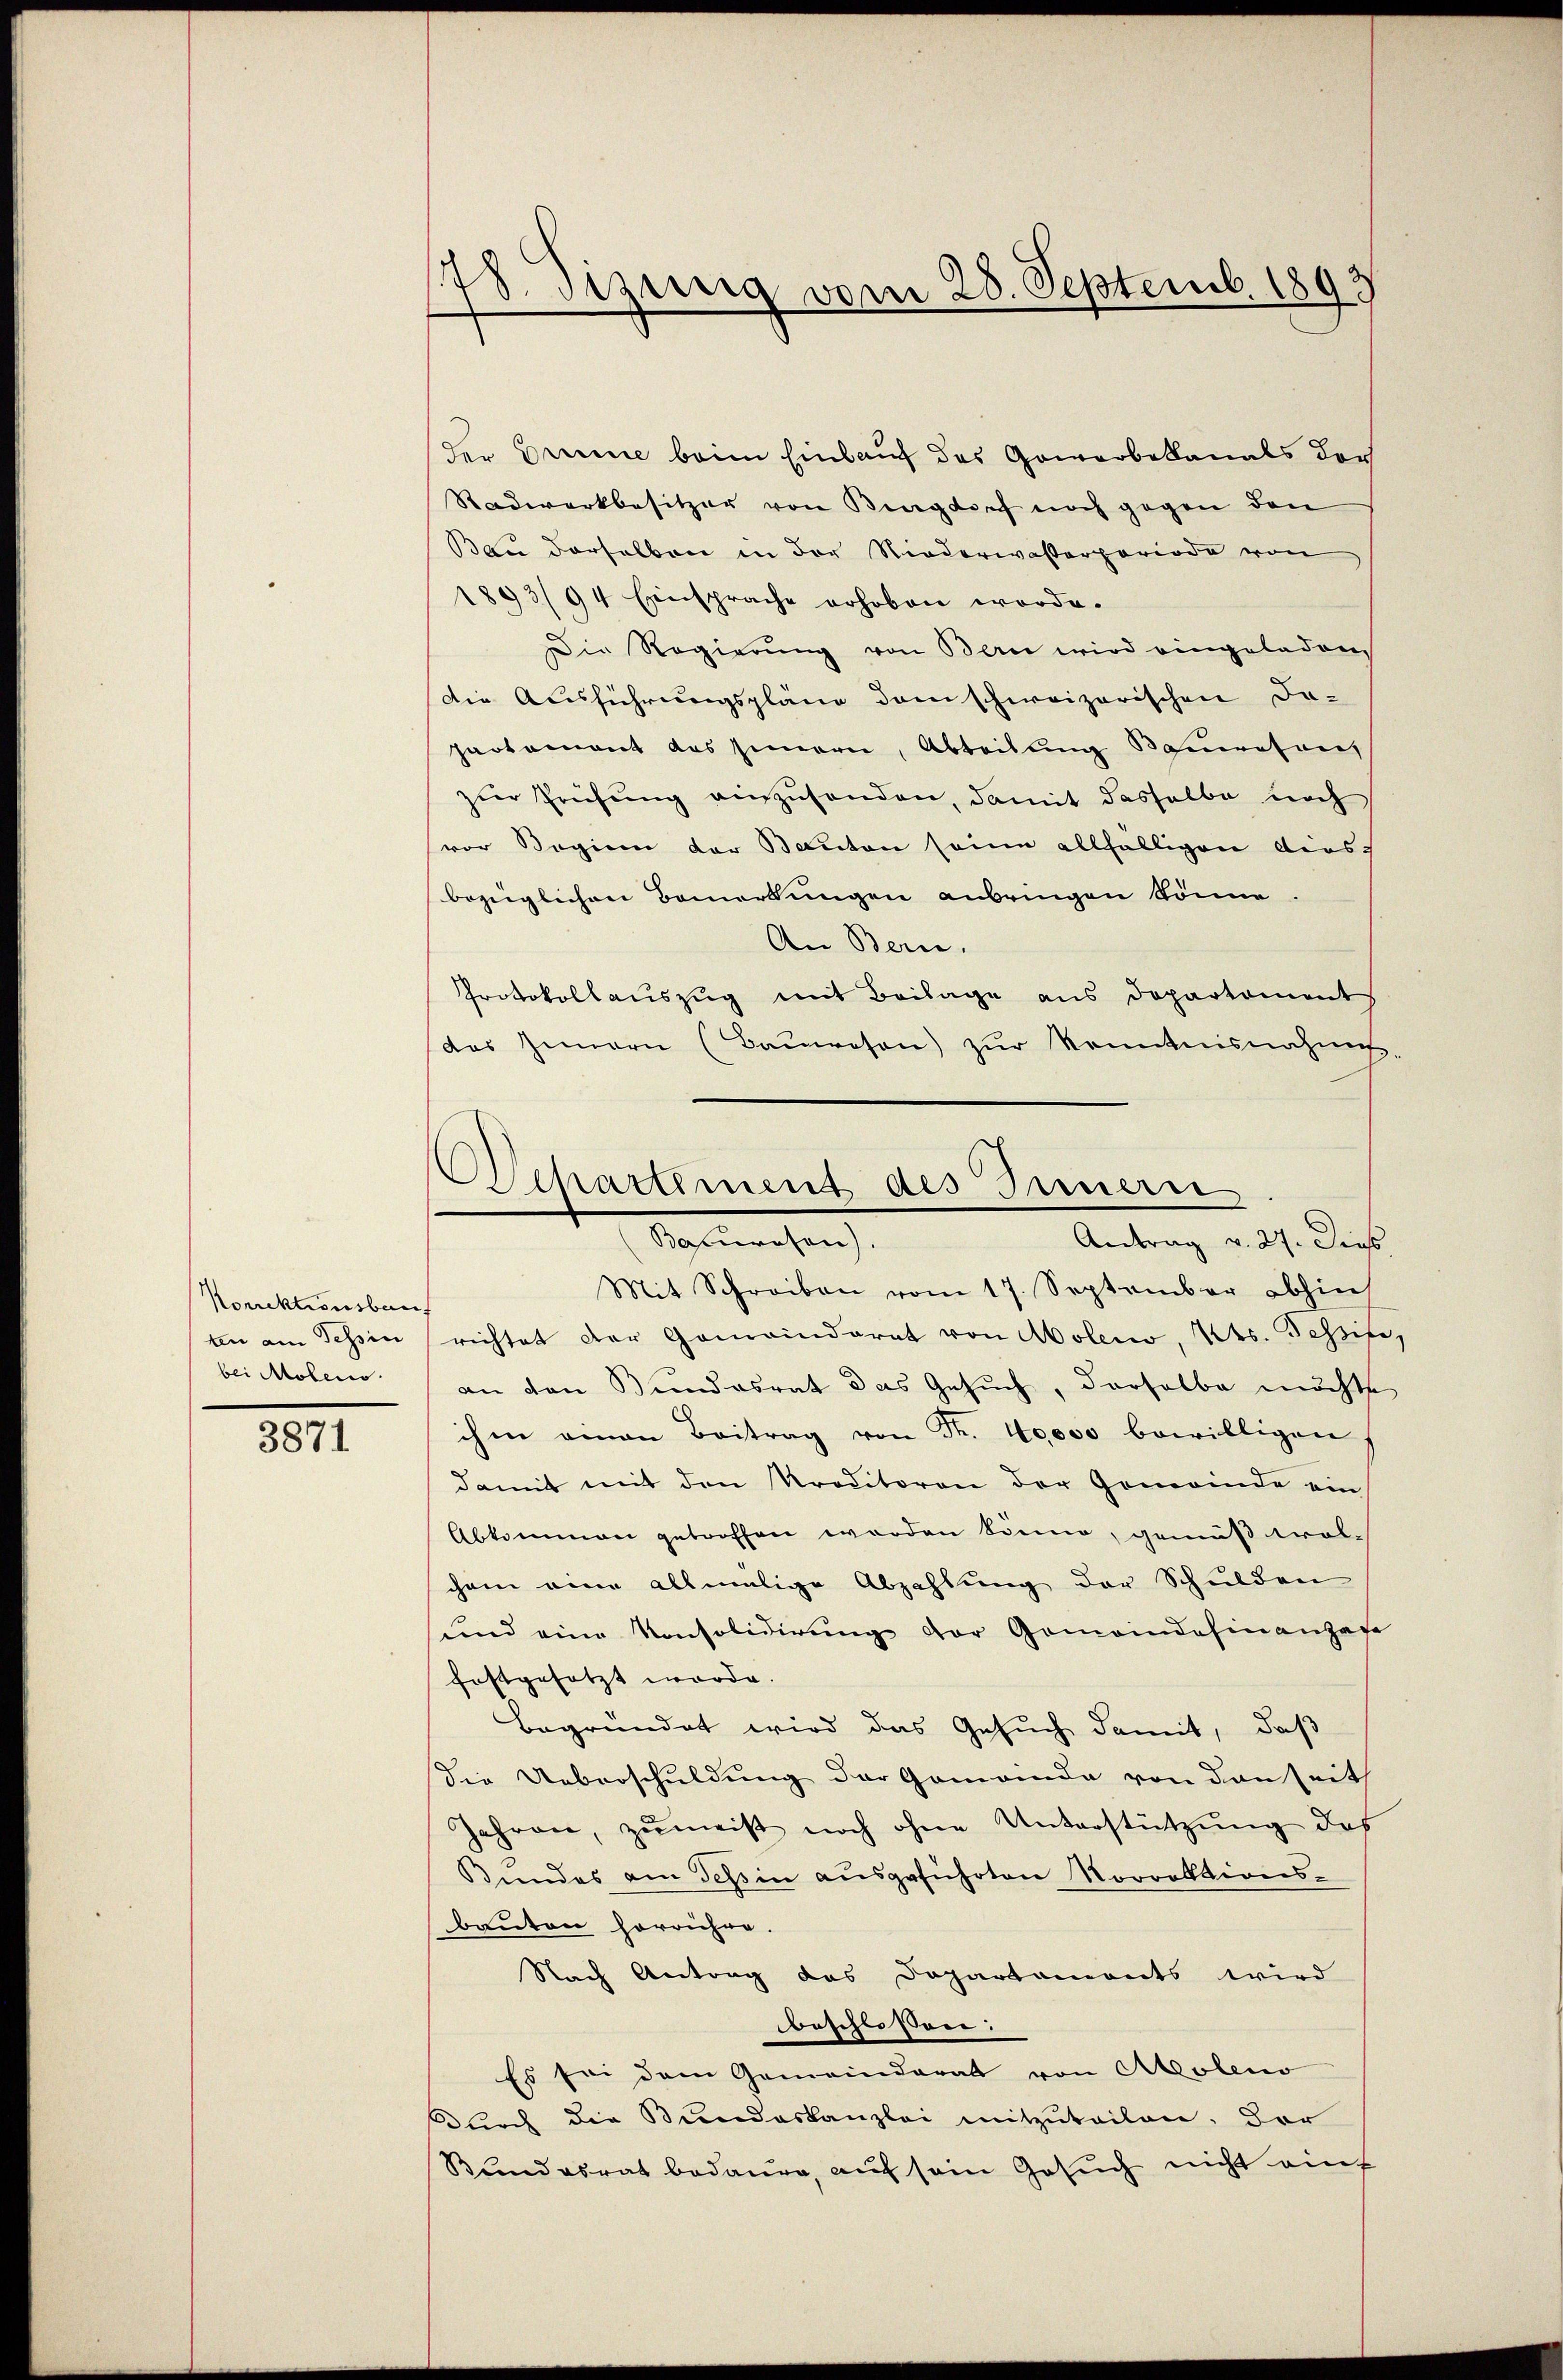
Korrektionsbauf
ten am Tessin
bei Molen.

3871

178. Sitzung vom 28. Septemb. 1893

der Brenne beim Einlauf des Gewerbekanals der
Radwerkbesitzer von Burgdorf noch gegen den
Bau derselben in der Niederwasserperiode von
1893/94 Einsprache erhoben worde.
Die Regierung von Bern wird eingeladen,
Die Ausführungspläne dem schweizerischen Da-
partement das seinern, Abteilung Bauwesen,
zŭr Prüfung einzusenden, damit dasselbe noch
vor Regien der Bauten seine allfälligen dies-
bezüglichen Bemerkungen anbringen könne
An Bern.
Protokollauszug mit Beilage aus Departement
das Innern (Bauwesen) zur Kenntnisnahme-
Antrag v. 27. Dies
Mit Schreiben vom 17. September abhin
richtet der Gemeinderat von Moleno, Kts. Tessin,
an von Bundesrat das Gesŭch, derselbe möchte
ihm einen Beitrag von Fr. 40000 bewilligen
damit mit den Kreditoren der Gemeinde ein
Abkommen getroffen worden könne, gemäß wol-
chem eine allmalige Abzahlung der Schulden
und eine Konsolidierŭng der Gemeindefinanzese
festgesetzt werde.
begründet wird das Gesuch damit, daß
Die Ueberschuldung der Gemeinde von den seit
Jahren, zŭmeist noch ohne Unterstützung des
Bundes am Teßin ausgeführten Korrektions-
bauten herrühre.
Nach Antrag das Departements wird
beschlossen:
Es sei dem Gemeinderat von Aoleno
durch die Bundeskanzlei mitzuteilen. Der
Kundesrat bedaure, auf sein Gesuch nicht eins

Vechartement des Innern
Sacerechen